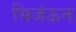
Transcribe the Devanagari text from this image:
भिजंऊन